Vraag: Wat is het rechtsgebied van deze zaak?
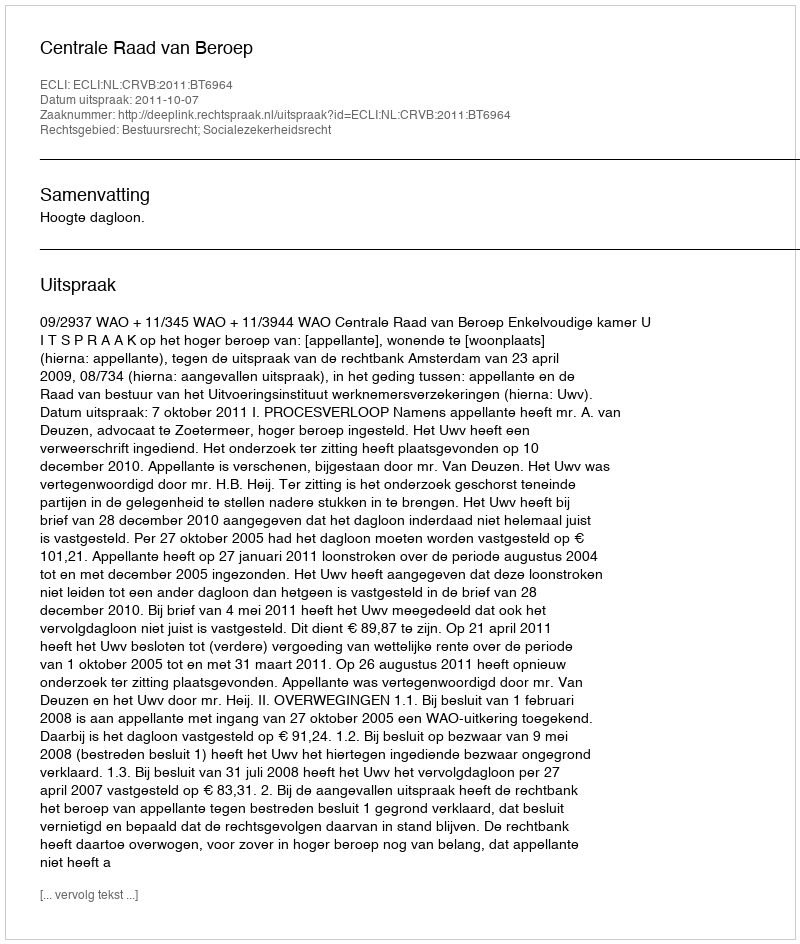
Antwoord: Bestuursrecht; Socialezekerheidsrecht